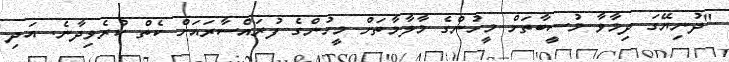
"ދުނިޔޭގަ ދިމާވާ މުސީބާތަށް މީހުންގެ މާލާމާތަށް މީހުންގެ ފުރައްސާރައަށް ކެތް ކުރެވިދާނެ. އަދި